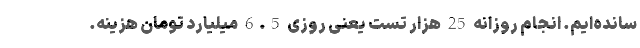
سانده‌ایم. انجام روزانه 25 هزار تست یعنی روزی 6.5 میلیارد تومان هزینه.